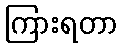
ကြားရတာ